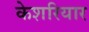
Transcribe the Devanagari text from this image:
केशरियार